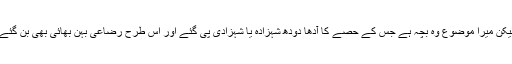
لیکن میرا موضوع وہ بچہ ہے جس کے حصے کا آدھا دودھ شہزادہ یا شہزادی پی گئے اور اس طرح رضاعی بہن بھائی بھی بن گئے۔